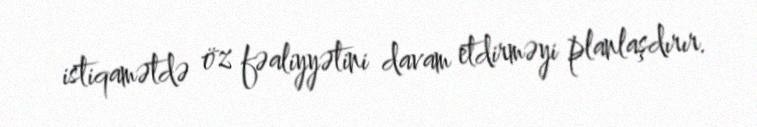
istiqamətdə öz fəaliyyətini davam etdirməyi planlaşdırır.